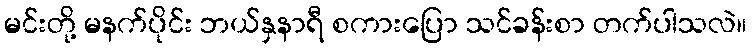
မင်းတို့ မနက်ပိုင်း ဘယ်နှနာရီ စကားပြော သင်ခန်းစာ တက်ပါသလဲ။